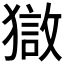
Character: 𰡣